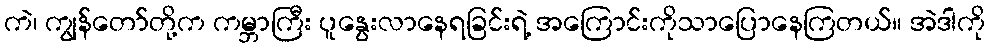
ကဲ၊ ကျွန်တော်တို့က ကမ္ဘာကြီး ပူနွေးလာနေရခြင်းရဲ့ အကြောင်းကိုသာပြောနေကြတယ်။ အဲဒါကို